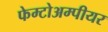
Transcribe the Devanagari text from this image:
फेम्टोअम्पीयर